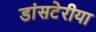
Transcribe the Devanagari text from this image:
डांसटेरीया